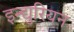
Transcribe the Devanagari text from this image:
इन्द्युरियन